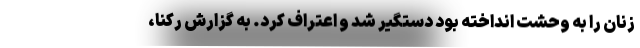
زنان را به وحشت انداخته بود دستگیر شد و اعتراف کرد. به گزارش رکنا،